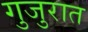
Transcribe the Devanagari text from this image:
गुजुरात